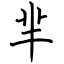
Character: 羋